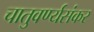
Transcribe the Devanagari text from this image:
चातुवर्ण्यसंकर